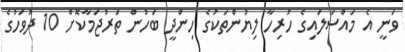
ވަނީ އެ މައްސަލައިގެ ހުރިހާ ލިޔުންތަކުގެ ހިންދީ ބަހުން ތަރުޖަމާކޮށް 10 ދުވަހުގެ